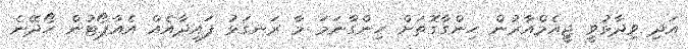
އަދި ވިދާޅުވީ ޖީއެމްއާރުން ހިންގާގޮތަށް ހިންގާނަމަ މާ ރަނގަޅު ފައިދާއެއް އެއާޕޯޓުން ހޯދޭނެ